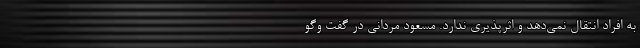
به افراد انتقال نمی‌دهد و اثرپذیری ندارد. مسعود مردانی در گفت وگو